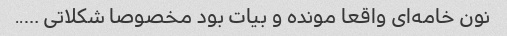
نون خامه‌ای واقعا مونده و بیات بود مخصوصا شکلاتی …..